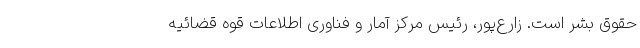
حقوق بشر است. زارع‌پور، رئیس مرکز آمار و فناوری اطلاعات قوه قضائیه